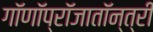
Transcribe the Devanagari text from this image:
गॉणॉप्रॉजातॉन्त्री